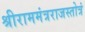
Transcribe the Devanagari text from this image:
श्रीराममंत्रराजस्तोत्रं